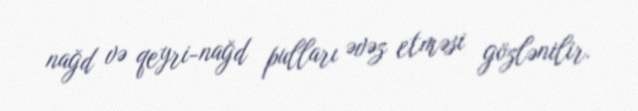
nağd və qeyri-nağd pulları əvəz etməsi gözlənilir.